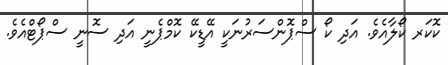
ކޮކަރ ކޯލާއެވެ. އަދި ކޯ ސްޕޮންސަރުނަކީ އޭޑީކޭ ކޮމްޕެނީ އަދި ސޮނީ ސްޕޯޓްއެވެ.